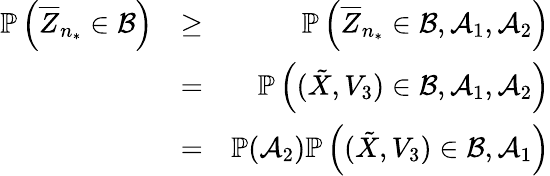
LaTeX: \begin{array}{rlr}{\mathbb P\left(\overline{{Z}}_{n_{*}}\in\mathcal B\right)}&{\geq}&{\mathbb P\left(\overline{{Z}}_{n_{*}}\in\mathcal B,\mathcal A_{1},\mathcal A_{2}\right)}\\ &{=}&{\mathbb P\left((\tilde{X},V_{3})\in\mathcal B,\mathcal A_{1},\mathcal A_{2}\right)}\\ &{=}&{\mathbb P(\mathcal A_{2})\mathbb P\left((\tilde{X},V_{3})\in\mathcal B,\mathcal A_{1}\right)}\end{array}